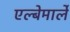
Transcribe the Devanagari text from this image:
एल्बेमार्ले